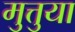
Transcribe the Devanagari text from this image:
मुत्तुया